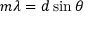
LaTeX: m \lambda = d \sin \theta